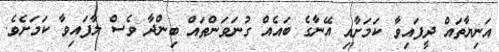
އަނިޔާތައް ދީފައިވާ ކަމަށާއި އޭނާގެ ބައެއް ގުނަވަންތައް ބިންދާ ވެސް ލާފައިވާ ކަމަށެވެ.